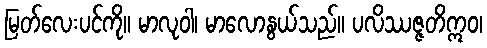
မြတ်လေးပင်ကို။ မာလုဝါ၊ မာလောနွယ်သည်။ ပလိဿဇ္ဇတိဣဝ၊